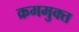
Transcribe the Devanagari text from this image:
क्रममुक्त